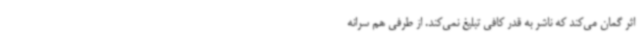
اثر گمان می‌کند که ناشر به قدر کافی تبلیغ نمی‌کند. از طرفی هم سرانه